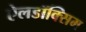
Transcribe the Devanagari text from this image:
ऐलडॉक्सिम